Vaccination in Bombay 1863-1868 - 1863-1868
Year: 1863
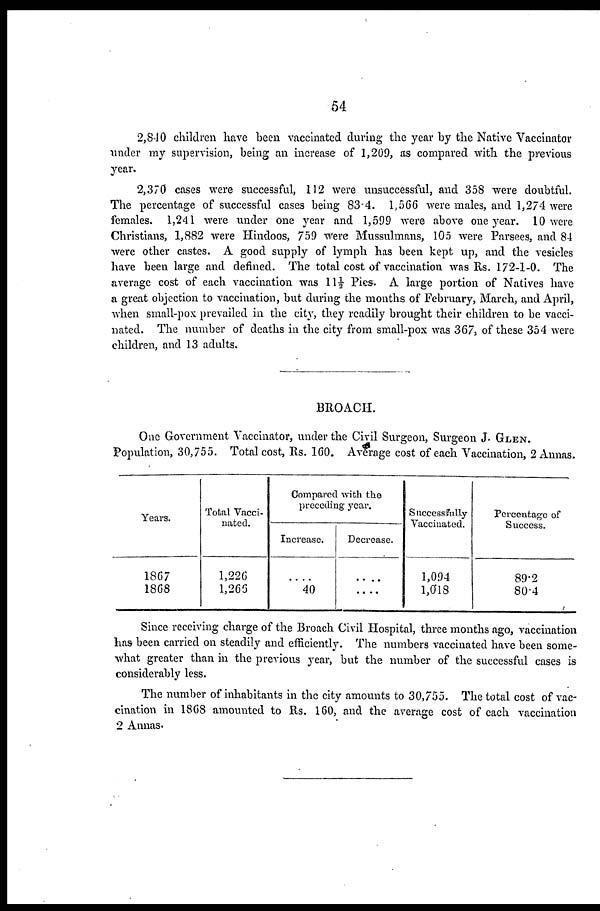
54
2,8-10 children have been vaccinated during the year by the Native Vaccinator
under my supervision, being an increase of 1,209, as compared with the previous
year.
2,370 cases were successful, 112 were unsuccessful, and 358 were doubtful.
The percentage of successful cases being 83.4. 1,566 were males, and 1,274 were
females. 1,241 were under one year and 1,599 were above one year. 10 were
Christians, 1,882 were Hindoos, 759 were Mussulmans, 105 were Parsees, and 84
were other castes. A good supply of lymph has been kept up, and the vesicles
have been large and defined. The total cost of vaccination was Rs. 172-1-0. The
average cost of each vaccination was 11½ Pies. A large portion of Natives have
a great objection to vaccination, but during the months of February, March, and April,
when small-pox prevailed in the city, they readily brought their children to be vacci-
nated. The number of deaths in the city from small-pox was 367, of these 354 were
children, and 13 adults.
BROACH.
One Government Vaccinator, under the Civil Surgeon, Surgeon J. GLEN.
Population, 30,755. Total cost, Rs. 160. Average cost of each Vaccination, 2 Annas.
Years.
1867
1868
Total Vacci-
nated.
1,226
1,265
Compared with the
preceding year.
Increase.
....
40
Decrease.
....
....
Successfully
Vaccinated.
1,094
1,018
Percentage of
Success.
89.2
80.4
Since receiving charge of the Broach Civil Hospital, three months ago, vaccination
has been carried on steadily and efficiently. The numbers vaccinated have been some-
what greater than in the previous year, but the number of the successful cases is
considerably less.
The number of inhabitants in the city amounts to 30,755. The total cost of vac-
cination in 1868 amounted to Rs. 160, and the average cost of each vaccination
2 Annas.